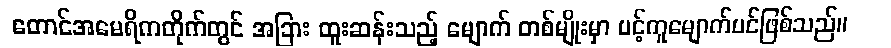
တောင်အမေရိကတိုက်တွင် အခြား ထူးဆန်းသည့် မျောက် တစ်မျိုးမှာ ပင့်ကူမျောက်ပင်ဖြစ်သည်။